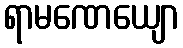
ရာမဏေယျော